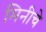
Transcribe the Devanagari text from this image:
मिनीचे